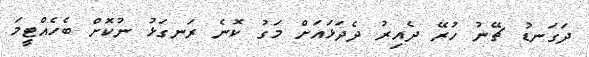
ދަގަނޑު ޗޭނު ހުރޭ ދެއިރު ދެދަޅައަށް މަގު ކޮނެ ރަނގަޅު ނުކޮށް ބެހެއްޓީމަ